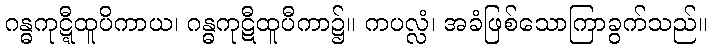
ဂန္ဓကုဋ္ဋီထူပိကာယ၊ ဂန္ဓကုဋီထူပီကာ၌။ ကပလ္လံ၊ အခံဖြစ်သောကြာခွက်သည်။